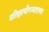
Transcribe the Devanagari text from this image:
प्रतिज्ञायौगन्धारायण